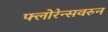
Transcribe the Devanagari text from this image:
फ्लोरेन्सवरुन